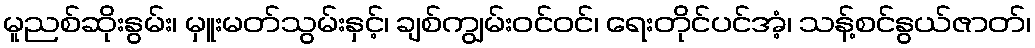
မူညစ်ဆိုးနွမ်း၊ မှူးမတ်သွမ်းနှင့်၊ ချစ်ကျွမ်းဝင်ဝင်၊ ရေးတိုင်ပင်အံ့၊ သန့်စင်နွယ်ဇာတ်၊